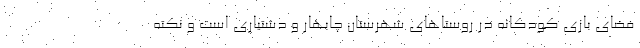
فضای بازی کودکانه در روستاهای شهرستان چابهار و دشتیاری است و نکته